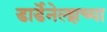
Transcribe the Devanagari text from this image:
डार्डेनेल्झच्या